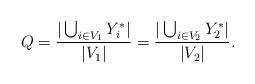
LaTeX: \begin{align*} Q = \frac{|\bigcup_{i \in V_1} Y^*_i|}{|V_1|} = \frac{|\bigcup_{i \in V_2} Y^*_2|}{|V_2|}.\end{align*}